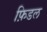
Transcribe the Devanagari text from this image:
फ़िडल